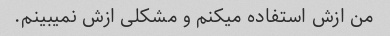
من ازش استفاده میکنم و مشکلی ازش نمیبینم.